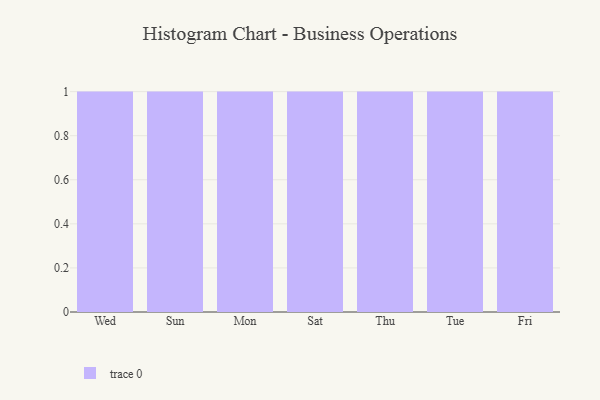
{"axis": {"x": "Day", "y": "Conversion Rate (%)"}, "legend": [""], "data": [{"x": "Wed", "y": 80, "type": ""}, {"x": "Sun", "y": 33, "type": ""}, {"x": "Mon", "y": 28, "type": ""}, {"x": "Sat", "y": 28, "type": ""}, {"x": "Thu", "y": 72, "type": ""}, {"x": "Tue", "y": 76, "type": ""}, {"x": "Fri", "y": 90, "type": ""}]}